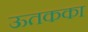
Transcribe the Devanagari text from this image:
ऊतकका